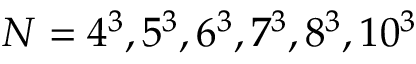
N = 4 ^ { 3 } , 5 ^ { 3 } , 6 ^ { 3 } , 7 ^ { 3 } , 8 ^ { 3 } , 1 0 ^ { 3 }